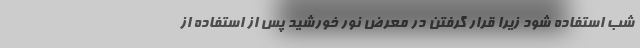
شب استفاده شود زیرا قرار گرفتن در معرض نور خورشید پس از استفاده از